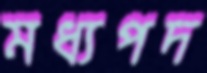
মধ্যপদ